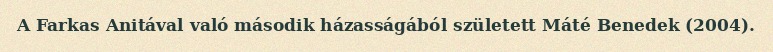
A Farkas Anitával való második házasságából született Máté Benedek (2004).